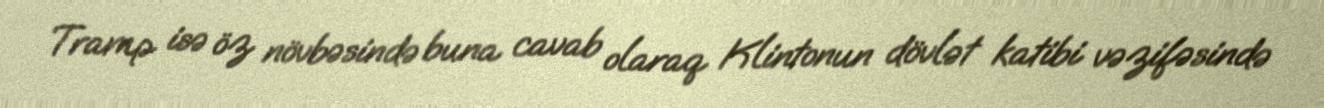
Tramp isə öz növbəsində buna cavab olaraq Klintonun dövlət katibi vəzifəsində